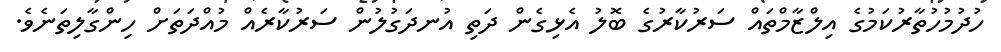
ހުދުމުހުތާރުކަމުގެ އިލްޒާމްތައް ސަރުކާރުގެ ބޮލު އެޅިގެން ދަތި އުނދަގުލުން ސަރުކާރެއް މުއްދަތަށް ހިންގާލިތަނެވެ.